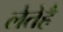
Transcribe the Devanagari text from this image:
लेतेहै